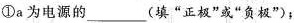
①a为电源的___(填”正极”或”负极”)；